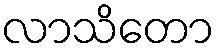
လာသိတော